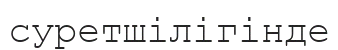
суретшілігінде